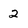
Character: 2